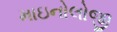
માઇનોલોજી